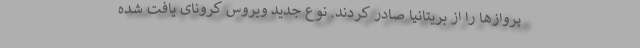
پروازها را از بریتانیا صادر کردند. نوع جدید ویروس کرونای یافت شده